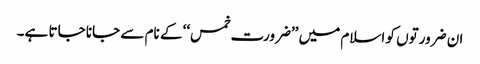
ان ضرورتوں کو اسلام میں ’’ضرورت خمس‘‘ کے نام سے جانا جاتا ہے۔